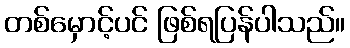
တစ်မှောင့်ပင် ဖြစ်ရပြန်ပါသည်။